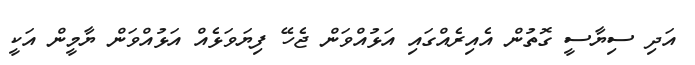
އަދި ސިޔާސީ ގޮތުން އެއިރެއްގައި އަޅުއްވަން ޖެހޭ ފިޔަވަޅެއް އަޅުއްވަން ޔާމީން އަކީ